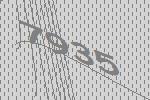
7935